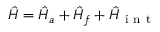
\hat { H } = \hat { H } _ { a } + \hat { H } _ { f } + \hat { H } _ { \mathrm { ~ i ~ n ~ t ~ } }